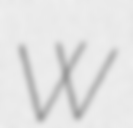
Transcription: W